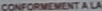
CONFORMEMENT A LA